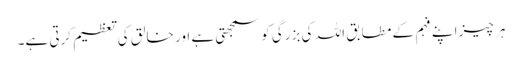
ہر چیز اپنے فہم کے مطابق اللہ کی بزرگی کو سمجھتی ہے اور خالق کی تعظیم کرتی ہے۔